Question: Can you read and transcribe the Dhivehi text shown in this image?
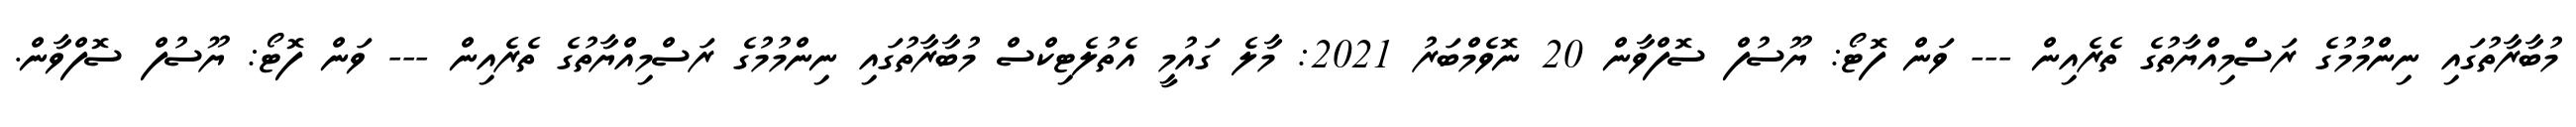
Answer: މުބާރާތުގައި ނިންމުމުގެ ރަސްމިއްޔާތުގެ ތެރެއިން --- ވަން ފޮޓޯ: ޔޫސުފް ސޮފްވާން 20 ނޮވެމްބަރު 2021: މާލެ ގައުމީ އެތުލެޓިކްސް މުބާރާތުގައި ނިންމުމުގެ ރަސްމިއްޔާތުގެ ތެރެއިން --- ވަން ފޮޓޯ: ޔޫސުފް ސޮފްވާން.